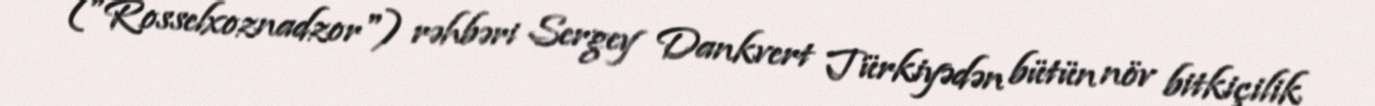
("Rosselxoznadzor") rəhbəri Sergey Dankvert Türkiyədən bütün növ bitkiçilik